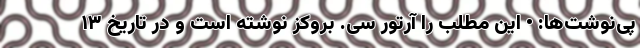
پی‌نوشت‌ها: • این مطلب را آرتور سی. بروکز نوشته است و در تاریخ ۱۳